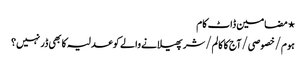
⋆ مضامین ڈاٹ کام
ہوم/خصوصی/آج کا کالم/شر پھیلانے والے کو عدلیہ کا بھی ڈر نہیں؟